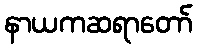
နာယကဆရာတော်